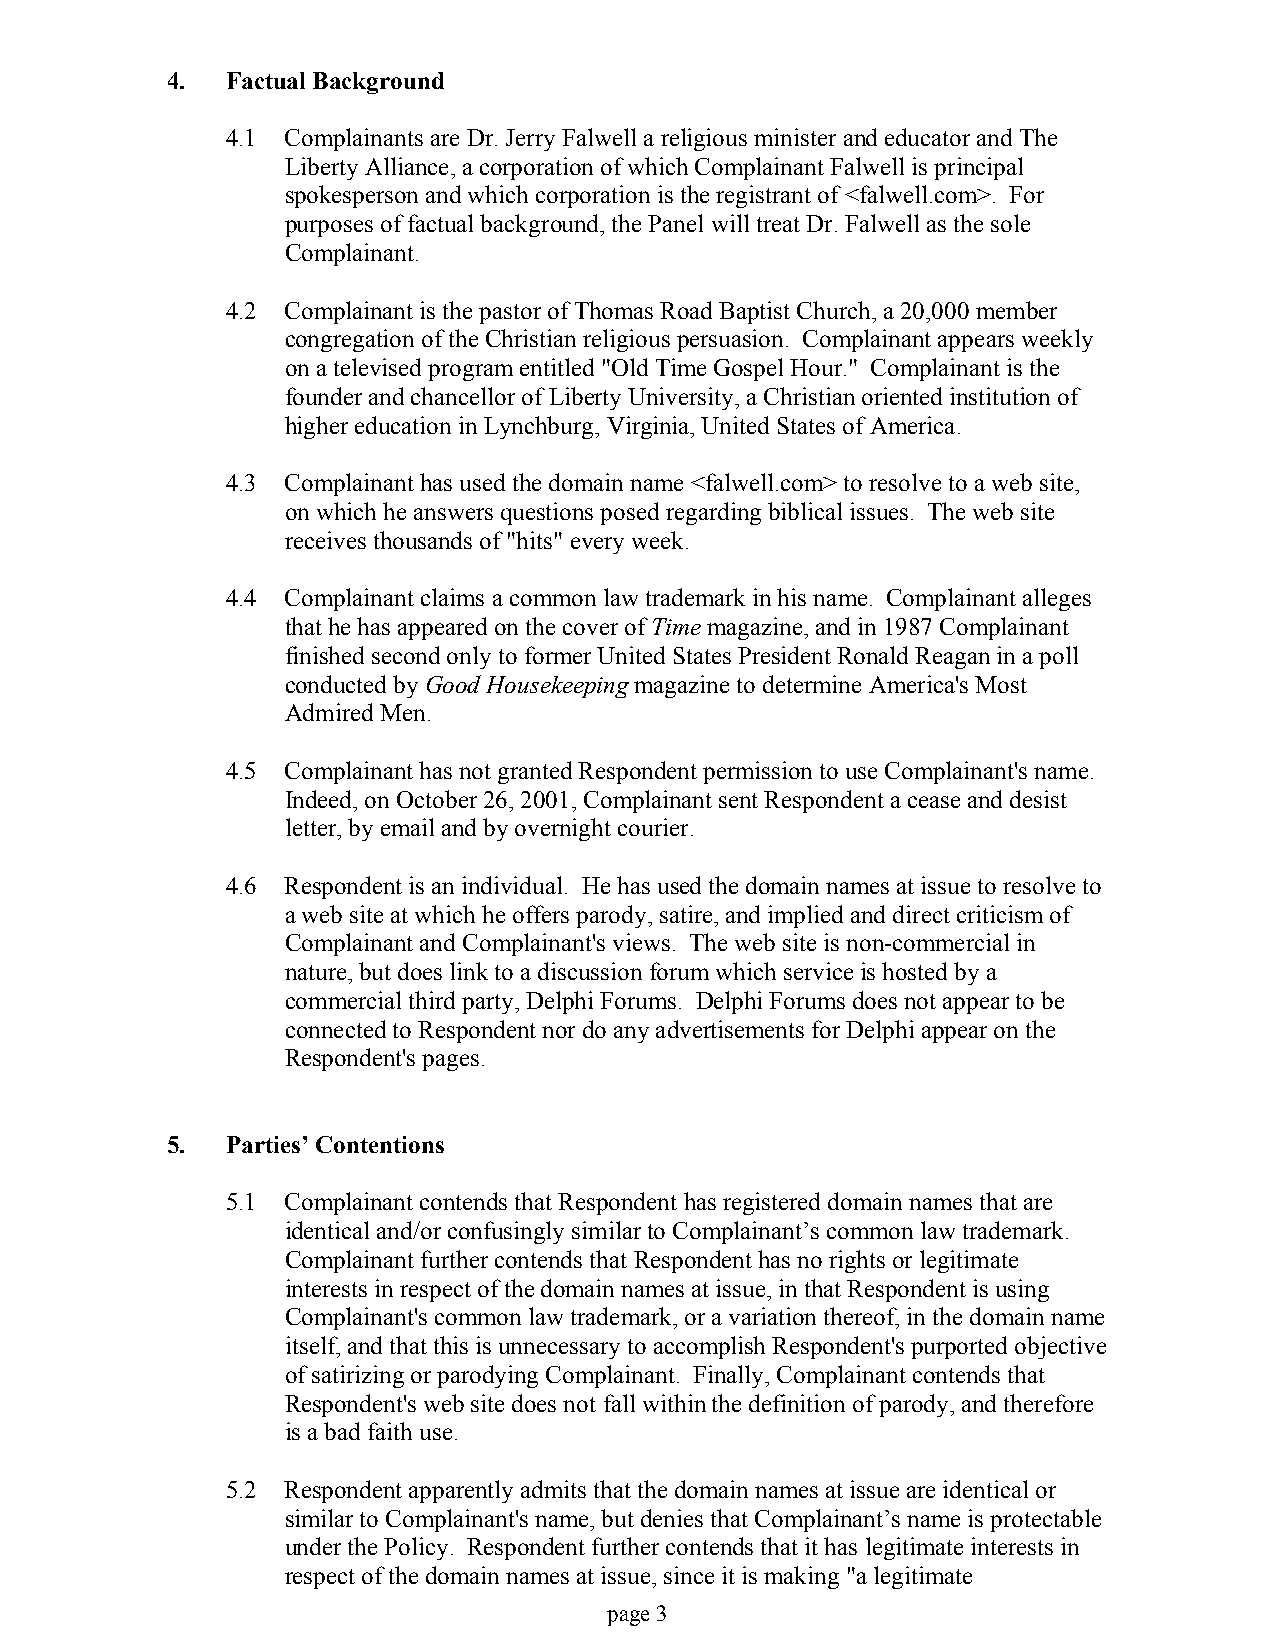
4.  Factual Background
 4.1 Complainants are Dr. Jerry Falwell a religious minister and educator and The
 Liberty Alliance, a corporation of which Complainant Falwell is principal
 spokesperson and which corporation is the registrant of <falwell.com>. For
 purposes of factual background, the Panel will treat Dr. Falwell as the sole
 Complainant.
 4.2 Complainant is the pastor of Thomas Road Baptist Church, a 20,000 member
 congregation of the Christian religious persuasion. Complainant appears weekly
 on a televised program entitled "Old Time Gospel Hour." Complainant is the
 founder and chancellor of Liberty University, a Christian oriented institution of
 higher education in Lynchburg, Virginia, United States of America.
 4.3 Complainant has used the domain name <falwell.com> to resolve to a web site,
 on which he answers questions posed regarding biblical issues. The web site
 receives thousands of "hits" every week.
 4.4 Complainant claims a common law trademark in his name. Complainant alleges
 that he has appeared on the cover of Time magazine, and in 1987 Complainant
 finished second only to former United States President Ronald Reagan in a poll
 conducted by Good Housekeeping magazine to determine America's Most
 Admired Men.
 4.5 Complainant has not granted Respondent permission to use Complainant's name.
 Indeed, on October 26, 2001, Complainant sent Respondent a cease and desist
 letter, by email and by overnight courier.
 4.6 Respondent is an individual. He has used the domain names at issue to resolve to
 a web site at which he offers parody, satire, and implied and direct criticism of
 Complainant and Complainant's views. The web site is non-commercial in
 nature, but does link to a discussion forum which service is hosted by a
 commercial third party, Delphi Forums. Delphi Forums does not appear to be
 connected to Respondent nor do any advertisements for Delphi appear on the
 Respondent's pages.
 5.  Parties’ Contentions
 5.1 Complainant contends that Respondent has registered domain names that are
 identical and/or confusingly similar to Complainant’s common law trademark.
 Complainant further contends that Respondent has no rights or legitimate
 interests in respect of the domain names at issue, in that Respondent is using
 Complainant's common law trademark, or a variation thereof, in the domain name
 itself, and that this is unnecessary to accomplish Respondent's purported objective
 of satirizing or parodying Complainant. Finally, Complainant contends that
 Respondent's web site does not fall within the definition of parody, and therefore
 is a bad faith use.
 5.2 Respondent apparently admits that the domain names at issue are identical or
 similar to Complainant's name, but denies that Complainant’s name is protectable
 under the Policy. Respondent further contends that it has legitimate interests in
 respect of the domain names at issue, since it is making "a legitimate
 page 3